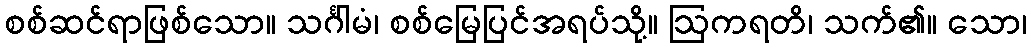
စစ်ဆင်ရာဖြစ်သော။ သင်္ဂါမံ၊ စစ်မြေပြင်အရပ်သို့။ ဩကရတိ၊ သက်၏။ သော၊